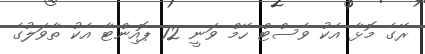
ރޭގެ މޮޅާ އެކު ވެސްޓް ހޭމް ވަނީ 12 ޕޮއިންޓާ އެކު ތާވަލުގެ